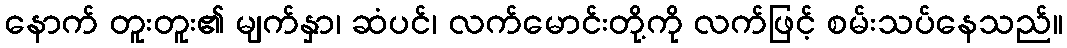
နောက် တူးတူး၏ မျက်နှာ၊ ဆံပင်၊ လက်မောင်းတို့ကို လက်ဖြင့် စမ်းသပ်နေသည်။